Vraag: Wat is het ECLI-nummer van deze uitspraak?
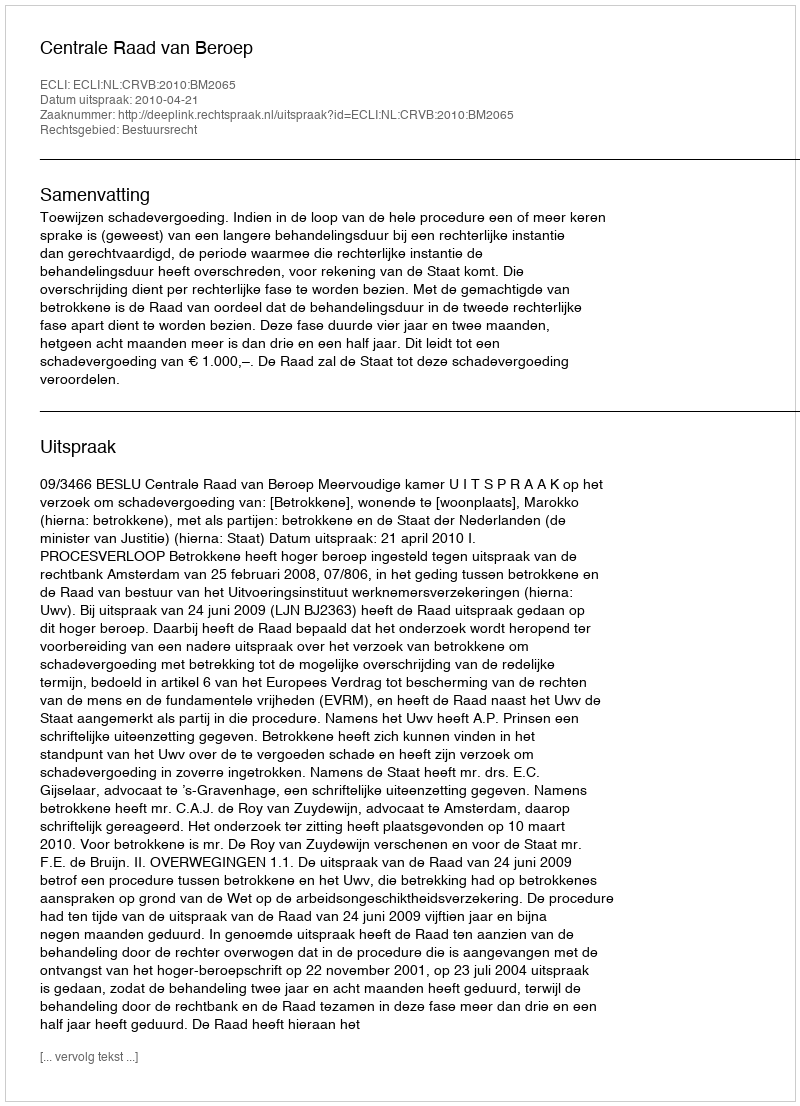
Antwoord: ECLI:NL:CRVB:2010:BM2065